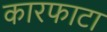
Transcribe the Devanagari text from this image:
कारफाटा